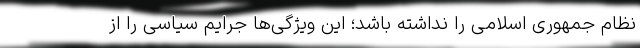
نظام جمهوری اسلامی را نداشته باشد؛ این ویژگی‌ها جرایم سیاسی را از